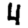
Digit: 4